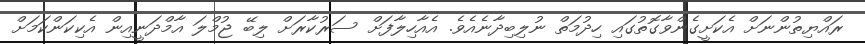
ރައްޔިތުންނަށް އެކަށީގެންވާގޮތުގައި ހިދުމަތް ނުލިބިދާނެއެވެ. އެއާހިލާފަށް ސަރުކާރަށް ލިބޭ ޖުމްލަ އާމްދަނީއިން އެކިކަންކަމަށް